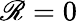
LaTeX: \mathscr{R}=0